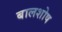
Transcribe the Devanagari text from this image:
बालशोष